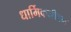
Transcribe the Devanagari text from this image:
धार्मिकजीवन